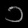
Digit: ၁